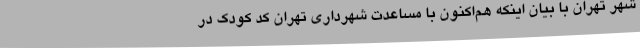
شهر تهران با بیان اینکه هم‌اکنون با مساعدت شهرداری تهران کد کودک در